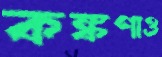
কঙ্কণাও